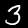
Digit: 3